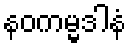
နဝကမ္မဒါနံ